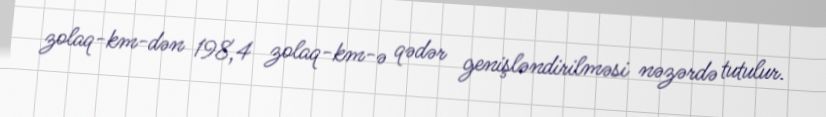
zolaq-km-dən 198,4 zolaq-km-ə qədər genişləndirilməsi nəzərdə tutulur.